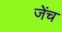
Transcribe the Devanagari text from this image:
जेंच